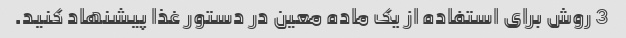
3 روش برای استفاده از یک ماده معین در دستور غذا پیشنهاد کنید.